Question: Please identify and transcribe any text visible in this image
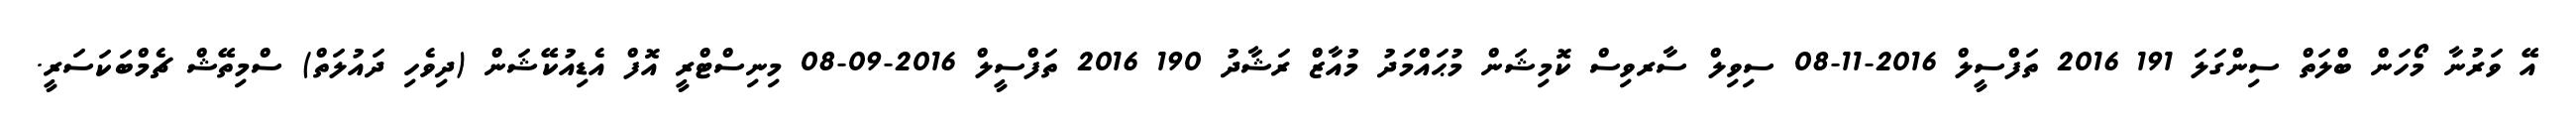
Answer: އޭ ވަރުނާ މޯހަން ބްލަތް ސިންގަލަ 191 2016 ތަފްސީލް 2016-11-08 ސިވިލް ސާރވިސް ކޮމިޝަން މުޙައްމަދު މުއާޒް ރަޝާދު 190 2016 ތަފްސީލް 2016-09-08 މިނިސްޓްރީ އޮފް އެޑިއުކޭޝަން (ދިވެހި ދައުލަތް) ސްމިތޭޝް ޗެމްބަކަސަރީ.